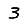
Digit: 3